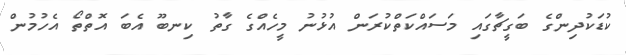
ކުޑަކުދިންގެ ބަގީޗާގައި މަސައްކަތްކުރަން އުޅުނު މީހެއްގެ ގާތު ކިނބޫ އެބަ އޮތްތޯ އެހުމުން